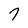
Character: 7